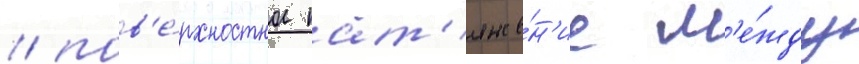
/ пов'е́рхностное нат'яже́н'ие м'е́жду